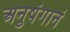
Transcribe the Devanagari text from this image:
अनुषंगानं